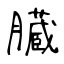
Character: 臓